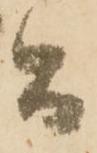
而